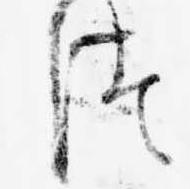
つ